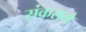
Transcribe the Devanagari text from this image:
संकराने